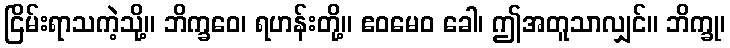
ငြိမ်းရာသကဲ့သို့။ ဘိက္ခဝေ၊ ရဟန်းတို့။ ဧဝမေဝ ခေါ၊ ဤအတူသာလျှင်။ ဘိက္ခု၊